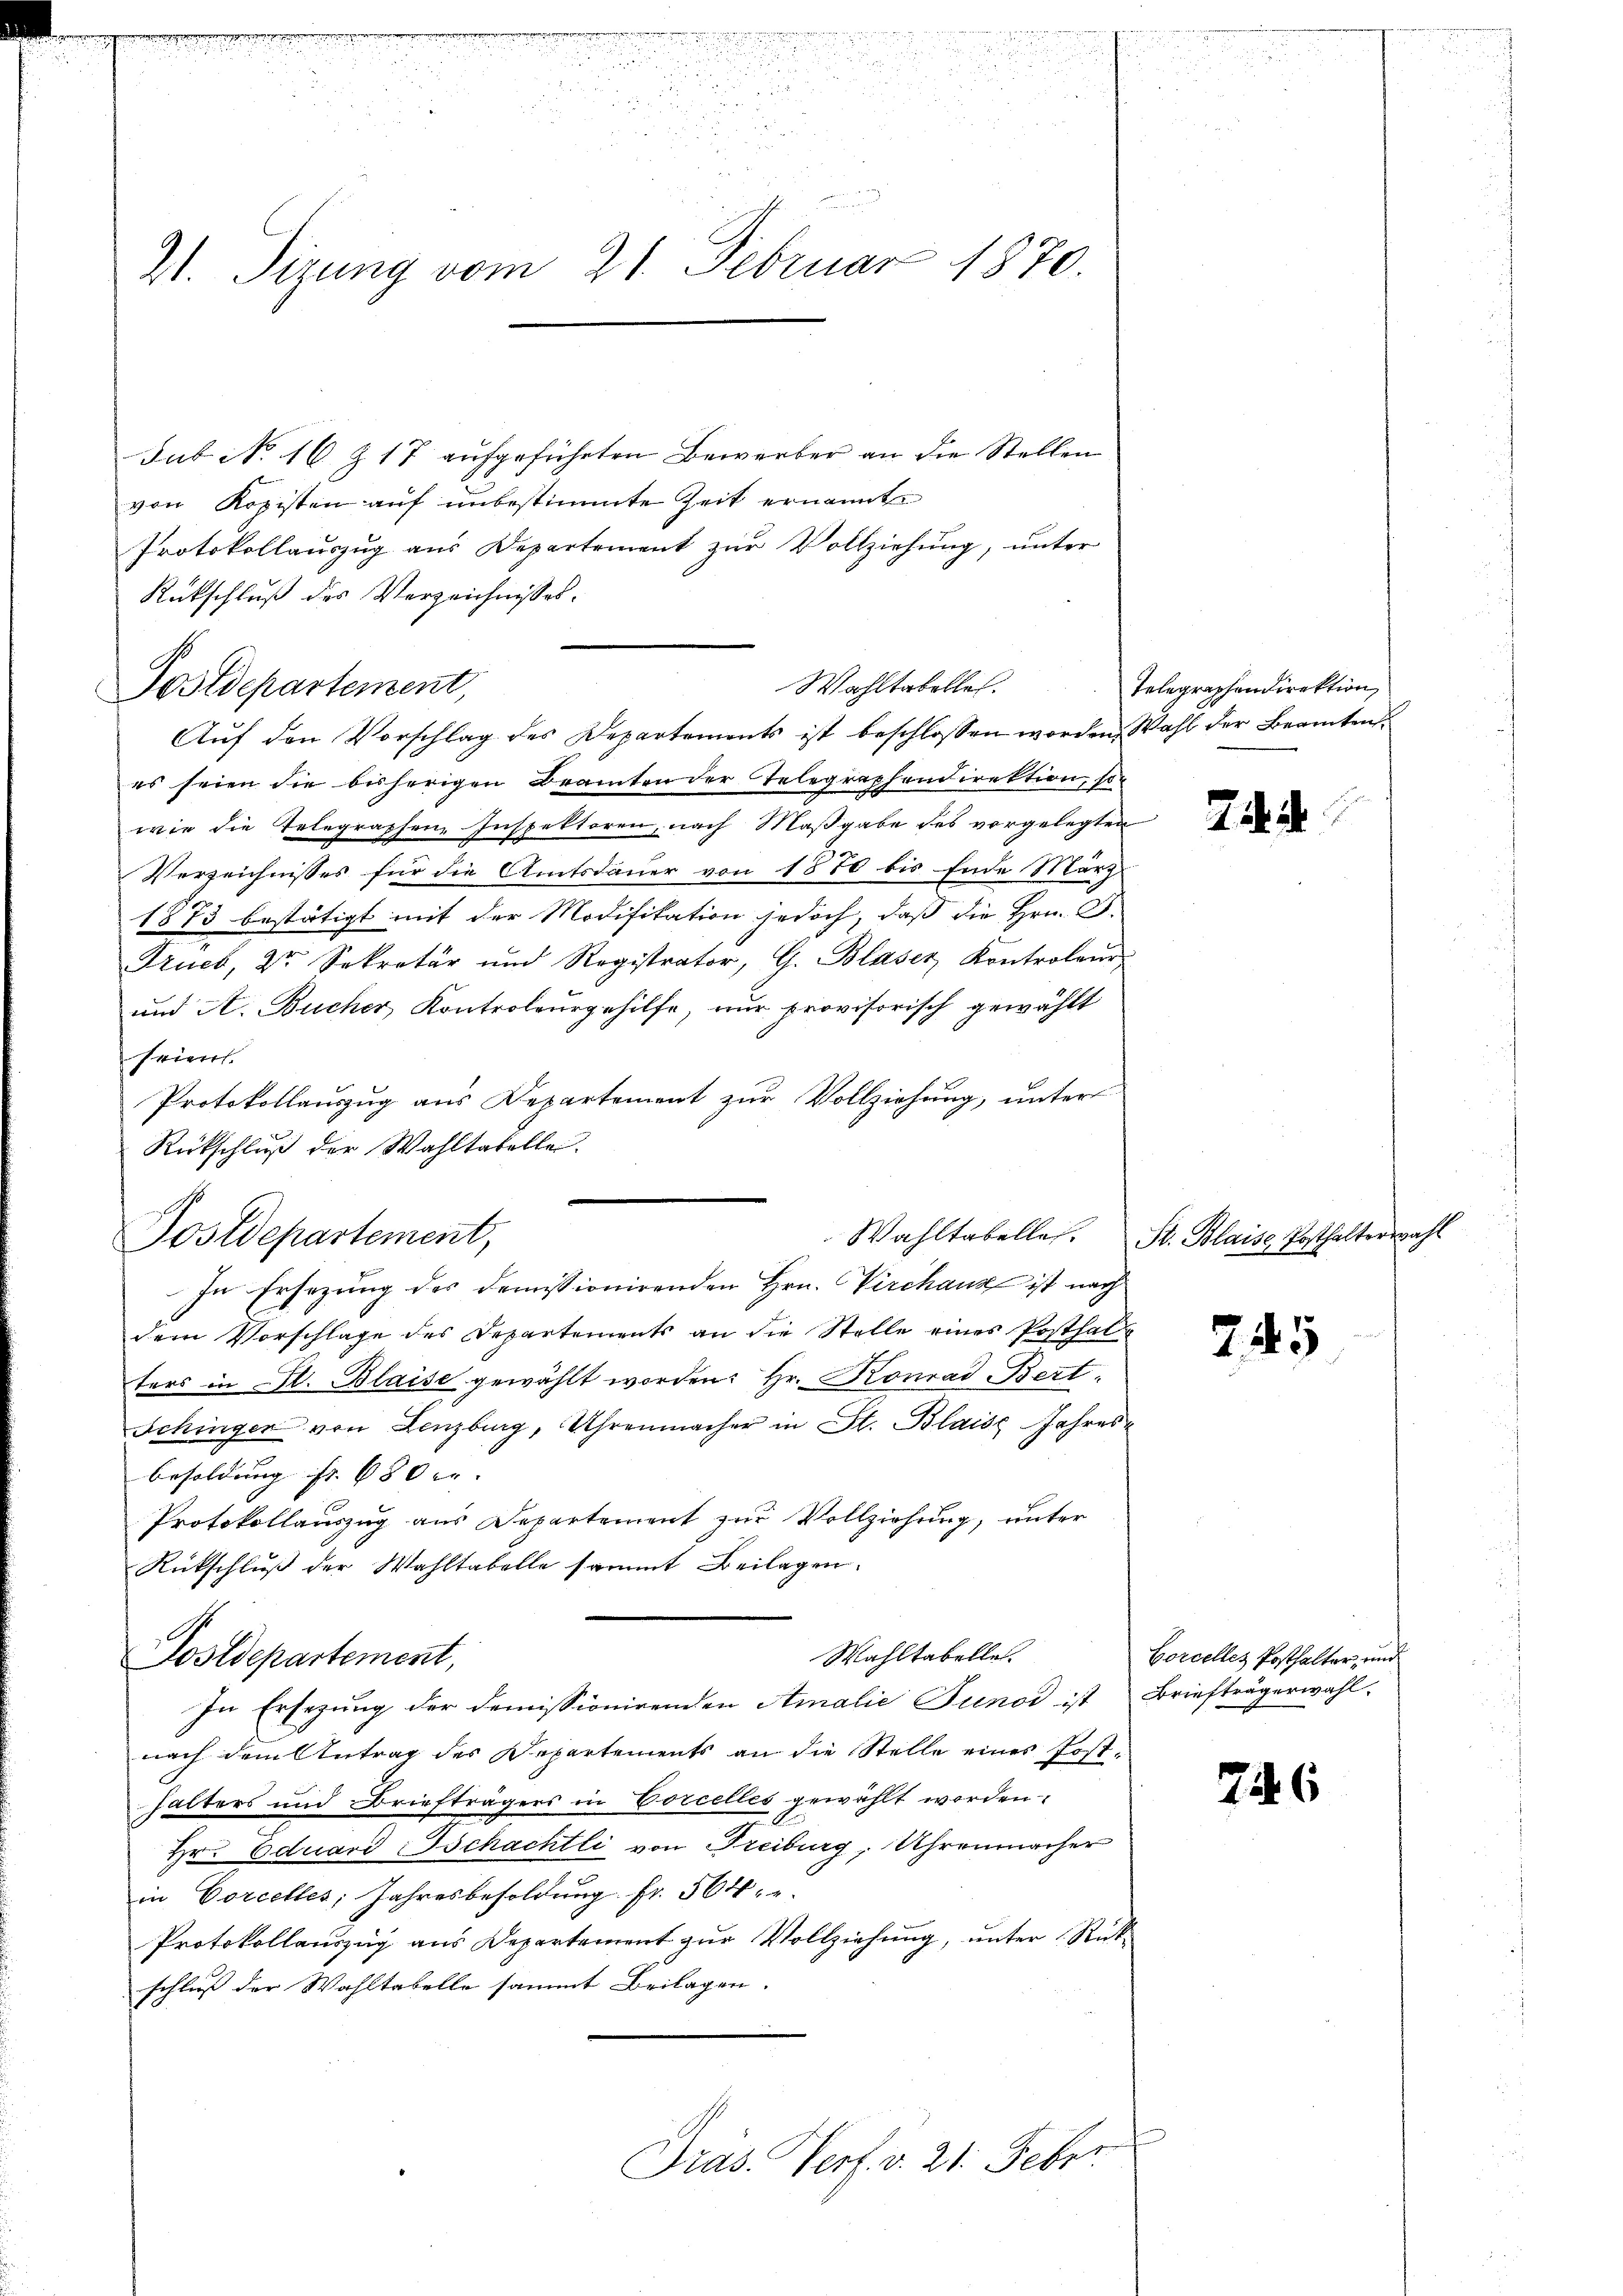
es eheliche eine einigen die einer die einen sie hier einer der
.

e

5

.

d
Z. Tizung vom 21. Februar 1870.

sub No 16 Z 17 aufgeführten Bewerber an die Stellen
von Ropisten auf unbestimmte Zeit ernannt
Protokollauszug aus Departement zur Vollziehung, unter
Rückschluß des Verzeichnisses.
Aŭf den Vorschlag des Departements ist beschlossen worden Wahl der Beamten
es seien die bisherigen Beamten der Telegraphendirektion, so
wie die Telegraphen Inspektoren, nach Maßgabe des vorgelegten
Verzeichnisses für die Amtsdauer von 1870 bis Ende März
1873 bestätigt mit der Modifikation jedoch, daß die Hrn. F.
Krueb, Der Sekretär und Registrator, G. Blaser Kontroleur
und A. Bucher Kontroleurgehilfe, nur provisorisch gewählt
frient.
Protokollauszug aus Departement zur Vollziehung, unter
Rückschluß der Wahltabelle.
Postdepartement,
In Ersezung des demissionirenden Hrn. Virchaus ist nach
dem Vorschlage des Departements an die Stelle eines Posthalters in C. Blaise gewählt worden: Hr. Konrad Bert¬
Schingen von Lenzburg, Uhrenmacher in St. Blais Jahres¬
Besoldung fr. 680. |
Protokollauszug aus Departement zur Vollziehung, unter
Rückschluß der Wahltabelle sammt Beilagen.
Wahltabelle.
Postdepartement,
In Ersezung der demissionirenden Amalie Junod ist Briefträgerwahl-
nach dem Antrag des Departements an die Stelle eines Posthalters und Briefträgers in Corcelles gewählt worden.
Hr. Eduard Tschachtli von Freiburg, Uhrenmacher
in Corcelles, Jahresbesoldung Fr. 564,
Protokollauszug aus Departement zur Vollziehung, unter Rückschluß der Wahltabelle sammt Beilagen.
Präs. Verf. v. 21. Feber

Postdepartement,

, so das

Wahltabellen.

Telegraphendirektion,

22.

Wahltabelles. St. Blaise Posthalterwahl

745

Corcelles Posthalter, und

76